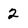
Character: 2